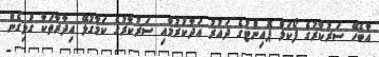
އާބެހޭ ސަރުކާރުގެ ފޯކަލް ޕޮއިންޓުގެ ދައުރު އަދާކުރުމާއި ސަރުކާރުގެ ކަމާގުޅޭ އިދާރާތަކާ ގުޅިގެން